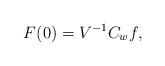
LaTeX: \begin{align*}F(0)=V^{-1}C_wf,\end{align*}